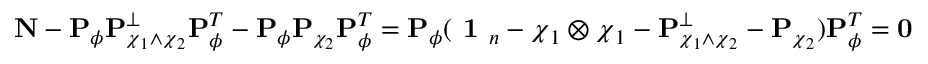
{ \bf N } - { \bf P } _ { \phi } { \bf P } _ { \boldsymbol { \chi } _ { 1 } \wedge \boldsymbol { \chi } _ { 2 } } ^ { \perp } { \bf P } _ { \phi } ^ { T } - { \bf P } _ { \phi } { \bf P } _ { \chi _ { 2 } } { \bf P } _ { \phi } ^ { T } = { \bf P } _ { \phi } ( \textbf { 1 } _ { n } - \boldsymbol { \chi } _ { 1 } \otimes \boldsymbol { \chi } _ { 1 } - { \bf P } _ { \boldsymbol { \chi } _ { 1 } \wedge \boldsymbol { \chi } _ { 2 } } ^ { \perp } - { \bf P } _ { \boldsymbol { \chi } _ { 2 } } ) { \bf P } _ { \phi } ^ { T } = { \bf 0 }